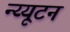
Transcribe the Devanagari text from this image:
न्य्यूटन